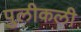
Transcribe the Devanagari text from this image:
पुलीकली